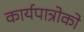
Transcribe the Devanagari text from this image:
कार्यपात्रोको